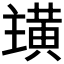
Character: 𮮏